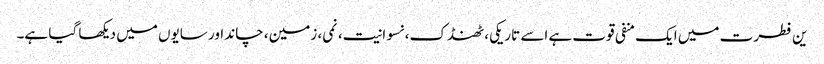
ین فطرت میں ایک منفی قوت ہے اسے تاریکی، ٹھنڈک، نسوانیت، نمی، زمین، چاند اور سایوں میں دیکھا گیا ہے۔